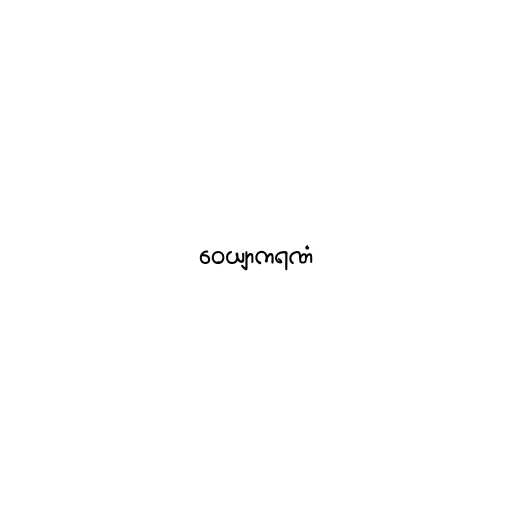
ဝေယျာကရဏံ